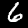
Digit: 6